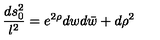
{ \frac { d s _ { 0 } ^ { 2 } } { l ^ { 2 } } } = e ^ { 2 \rho } d w d \bar { w } + d \rho ^ { 2 }